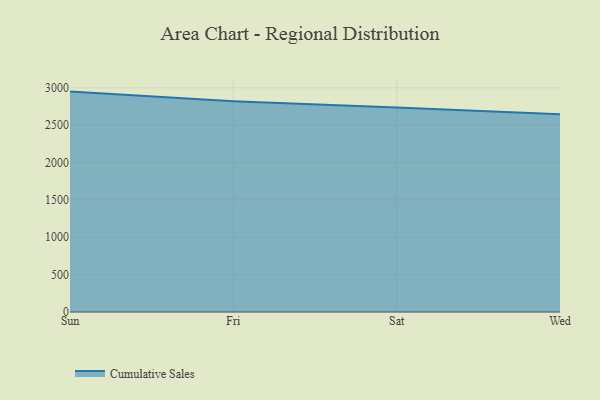
{"axis": {"x": "Day", "y": "Headcount"}, "legend": ["Cumulative Sales"], "data": [{"x": "Sun", "y": 2949.1, "type": "Cumulative Sales"}, {"x": "Fri", "y": 2819.2, "type": "Cumulative Sales"}, {"x": "Sat", "y": 2736.2, "type": "Cumulative Sales"}, {"x": "Wed", "y": 2646.3, "type": "Cumulative Sales"}]}